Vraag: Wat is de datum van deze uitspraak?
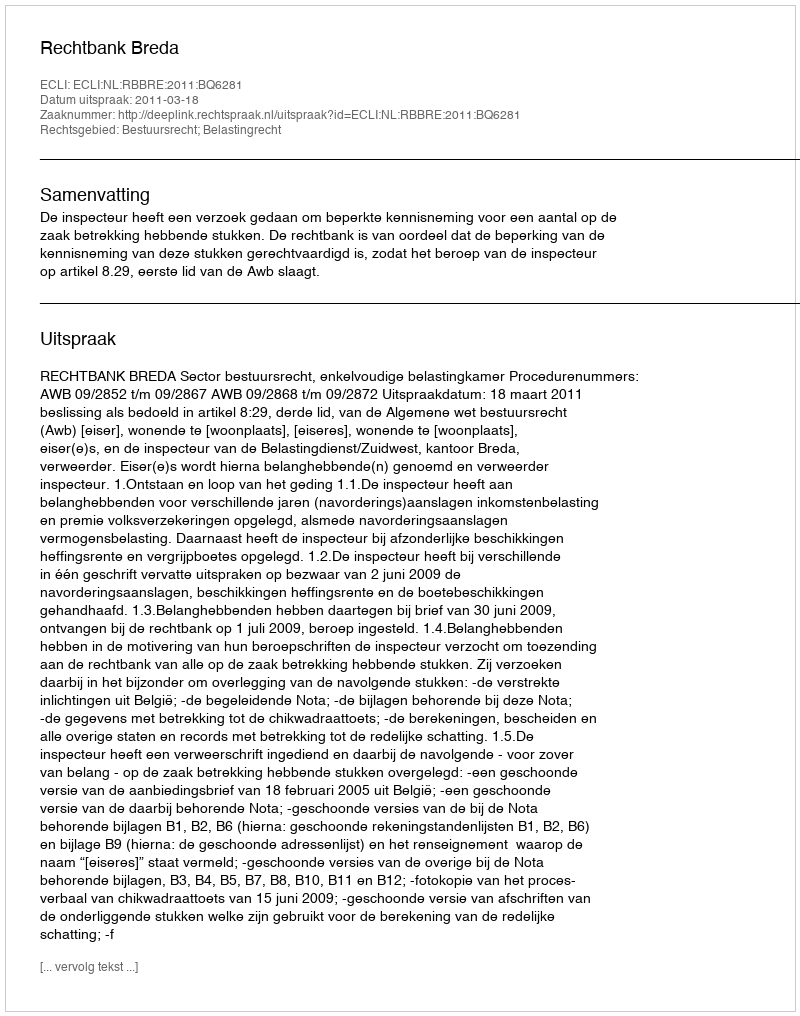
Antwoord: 2011-03-18